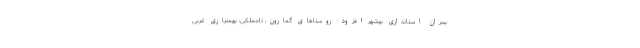
بحران استانداری بوشهر افزود: روستاهای گمارون، تاجملکی، بهمنیاری غربی